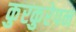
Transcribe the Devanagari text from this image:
कुरकुरेपन